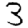
Digit: 3